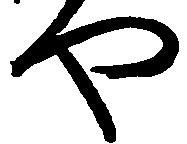
や